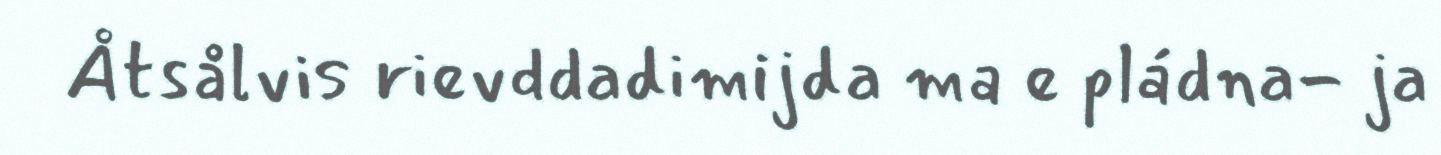
Åtsålvis rievddadimijda ma e pládna- ja